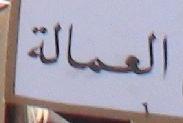
العمالة